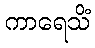
ကာရေသိံ